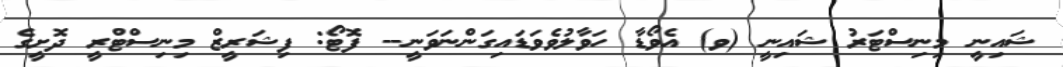
ޝައިނީ މިނިސްޓަރު ޝައިނީ (ވ) އެވޯޑާ ހަވާލުވެވަޑައިގަންނަވަނީ-- ފޮޓޯ: ފިޝަރީޒް މިނިސްޓްރީ ދޮށީގެ